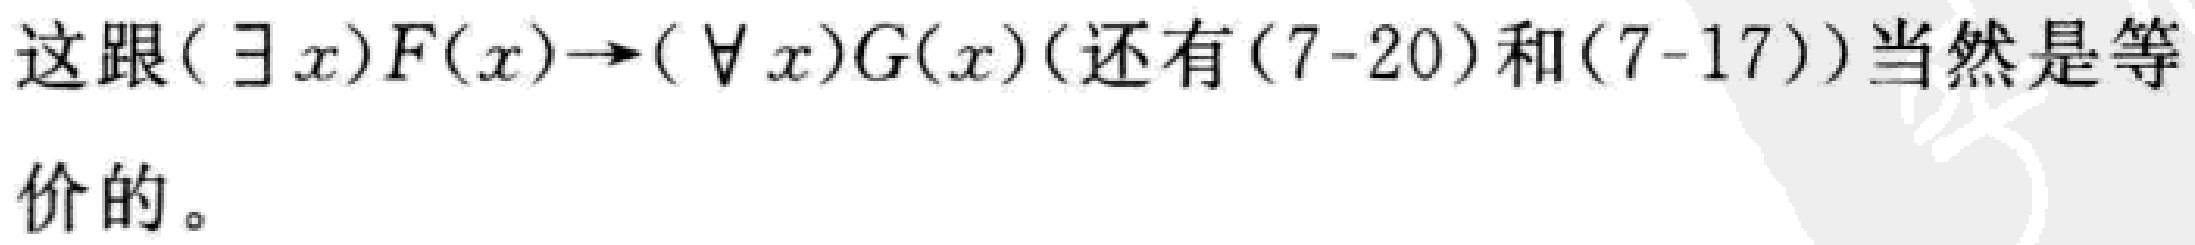
这跟$(\exists x)F(x)\to(\forall x)G(x)$(还有$(7 - 20)$和$(7 - 17)$)当然是等价的。